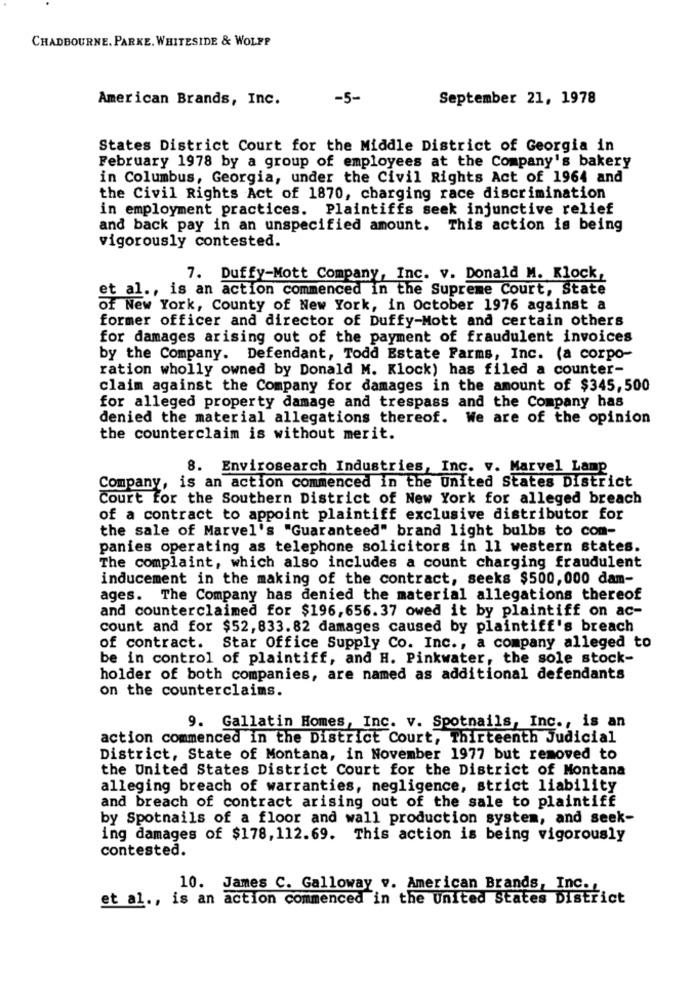
CHADBOURNE. PARKE. WHITESIDE & WOLFP
American Brands, Inc.
-5-
September 21, 1978
States District Court for the Middle District of Georgia in
February 1978 by a group of employees at the Company's bakery
in Columbus, Georgia, under the Civil Rights Act of 1964 and
the Civil Rights Act of 1870, charging race discrimination
in employment practices. Plaintiffs seek injunctive relief
and back pay in an unspecified amount. This action is being
vigorously contested.
7. Duffy-Mott Company, Inc. v. Donald M. Klock,
et al ., is an action commenced in the Supreme Court, State
Of New York, County of New York, in October 1976 against a
former officer and director of Duffy-Mott and certain others
for damages arising out of the payment of fraudulent invoices
by the Company. Defendant, Todd Estate Farms, Inc. (a corpo-
ration wholly owned by Donald M. Klock) has filed a counter-
claim against the Company for damages in the amount of $345,500
for alleged property damage and trespass and the Company has
denied the material allegations thereof. We are of the opinion
the counterclaim is without merit.
8. Envirosearch Industries, Inc. v. Marvel Lamp
Company, is an action commenced in the United States District
Court for the Southern District of New York for alleged breach
of a contract to appoint plaintiff exclusive distributor for
the sale of Marvel's "Guaranteed" brand light bulbs to com-
panies operating as telephone solicitors in 11 western states.
The complaint, which also includes a count charging fraudulent
inducement in the making of the contract, seeks $500,000 dam-
ages. The Company has denied the material allegations thereof
and counterclaimed for $196,656.37 owed it by plaintiff on ac-
count and for $52, 833.82 damages caused by plaintiff's breach
of contract. Star Office Supply Co. Inc ., a company alleged to
be in control of plaintiff, and H. Pinkwater, the sole stock-
holder of both companies, are named as additional defendants
on the counterclaims.
9. Gallatin Homes, Inc. v. Spotnails, Inc ., is an
action commenced in the District Court, Thirteenth Judicial
District, State of Montana, in November 1977 but removed to
the United States District Court for the District of Montana
alleging breach of warranties, negligence, strict liability
and breach of contract arising out of the sale to plaintiff
by Spotnails of a floor and wall production system, and seek-
ing damages of $178, 112.69. This action is being vigorously
contested.
10. James C. Galloway v. American Brands, Inc .,
et al ., is an action commenced in the United States District